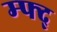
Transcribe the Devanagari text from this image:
म्फ्द्